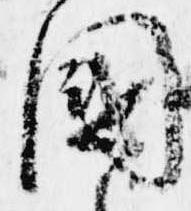
国